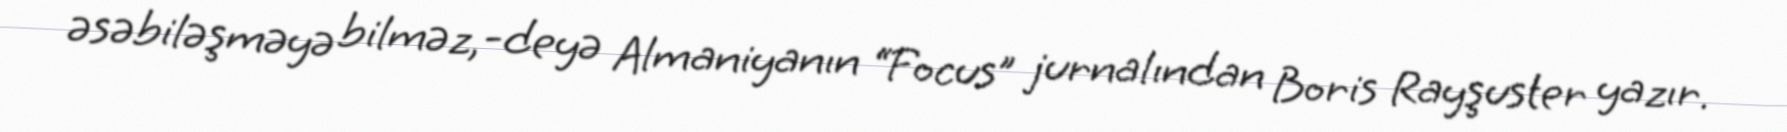
əsəbiləşməyə bilməz,-deyə Almaniyanın “Focus” jurnalından Boris Rayşuster yazır.